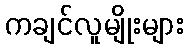
ကချင်လူမျိုးများ